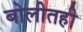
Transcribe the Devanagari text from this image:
बोलीतही